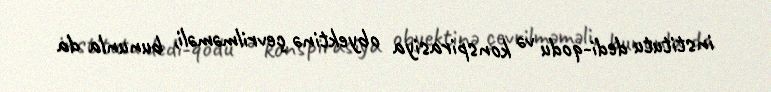
institutu dedi-qodu və konspirasiya obyektinə çevrilməməli, bununla da